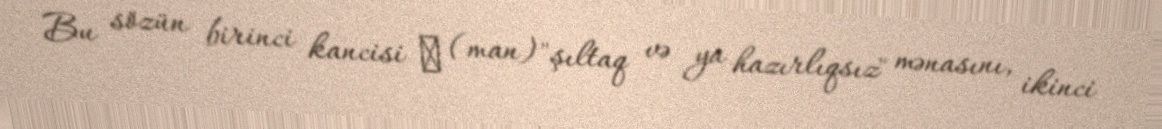
Bu sözün birinci kancisi 漫 (man) "şıltaq və ya hazırlıqsız" mənasını, ikinci